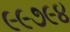
૯૯૭૯૪